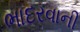
ભાદરવાની